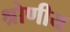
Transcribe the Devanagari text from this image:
श्रोणीय